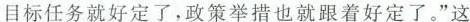
目标任务就好定了，政策举措也就跟着好定了。”这